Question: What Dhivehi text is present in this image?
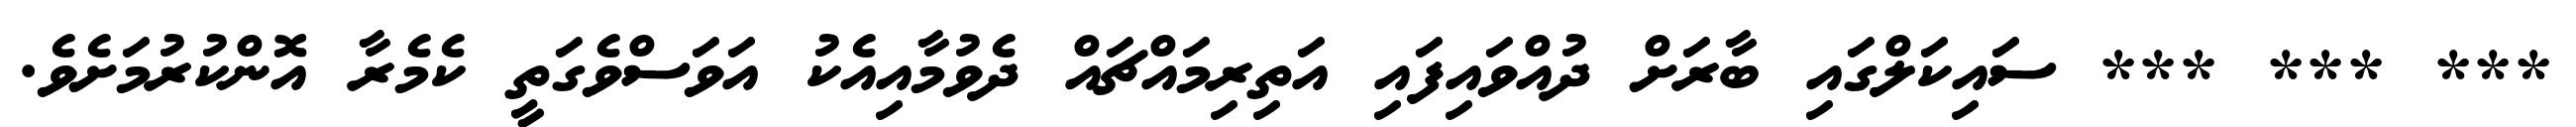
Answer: *** *** *** ސައިކަލްގައި ބާރަށް ދުއްވައިފައި އަތިރިމައްޗައް ދެވުމާއިއެކު އަވަސްވެގަތީ ކެމެރާ އޮންކުރުމަށެވެ.